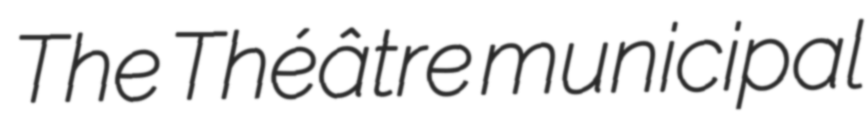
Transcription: The Théâtre municipal